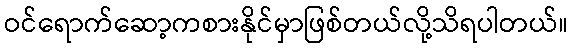
ဝင်ရောက်ဆော့ကစားနိုင်မှာဖြစ်တယ်လို့သိရပါတယ်။